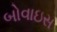
બોવાઇસ